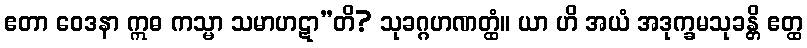
ဧတာ ဝေဒနာ ဣဓ ကသ္မာ သမာဟဋာ”တိ? သုခဂ္ဂဟဏတ္ထံ။ ယာ ဟိ အယံ အဒုက္ခမသုခန္တိ ဧတ္ထ